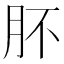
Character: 肧